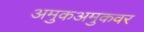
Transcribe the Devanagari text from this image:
अमुकअमुकवर